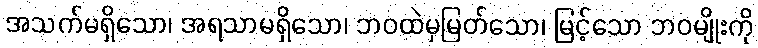
အသက်မရှိသော၊ အရသာမရှိသော၊ ဘဝထဲမှမြတ်သော၊ မြင့်သော ဘဝမျိုးကို